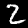
Label: 2